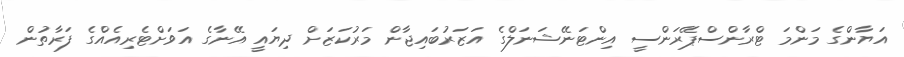
އަޔާންގެ މަންމަ ޓްރާންސްޕޭރަންސީ އިންޓަނޭޝަނަލްގެ އަޒަރުބައިޖާން މަރުކަޒަށް ދިޔައީ އޭނާގެ އަވަށްޓެރިއެއްގެ ފަރާތުން